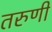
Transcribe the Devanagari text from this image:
तरुणीं